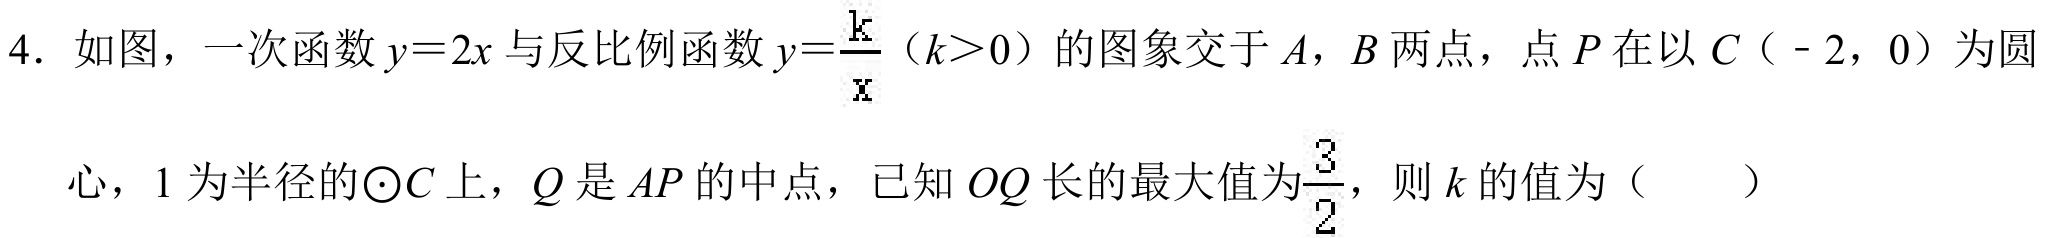
4. 如图，一次函数 \(y = 2x\) 与反比例函数 \(y=\frac{k}{x}\)（\(k > 0\)）的图象交于 \(A\)，\(B\) 两点，点 \(P\) 在以 \(C（ - 2，0）\) 为圆
心，\(1\) 为半径的\(\odot C\) 上，\(Q\) 是 \(AP\) 的中点，已知 \(OQ\) 长的最大值为\(\frac{3}{2}\)，则 \(k\) 的值为（  ）